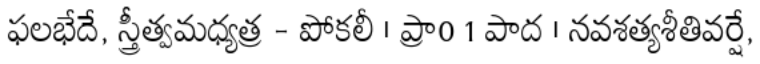
ఫలభేదే, స్త్రీత్వమధ్యత్ర - పోకలీ । ప్రా0 1 పాద । నవశత్యశీతివర్షే,